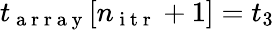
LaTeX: t_{\mathrm{~a~r~r~a~y~}}[n_{\mathrm{~i~t~r~}}+1]=t_{3}